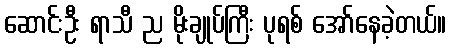
ဆောင်းဦး ရာသီ ည မိုးချုပ်ကြီး ပုရစ် အော်နေခဲ့တယ်။